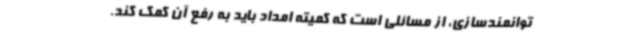
توانمندسازی، از مسائلی است که کمیته امداد باید به رفع آن کمک کند.